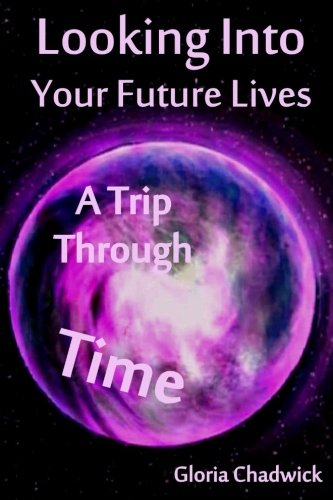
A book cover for Looking Into Your Future Lives: A Trip Through Time; Gloria Chadwick; Religion & Spirituality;